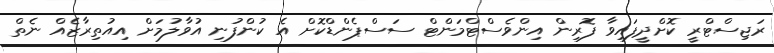
ރަޖިސްޓްރީ ކޮށްދީފައިވާ ފޮރިން އިންވެސްޓްމަންޓް ސަސްޕެންޑްކޮށް އެ ކުންފުނި އުވާލުމަށް އިއުތިރާޒެއް ނެތް